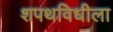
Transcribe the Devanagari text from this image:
शपथविधीला